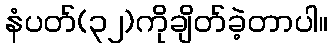
နံပတ်(၃၂)ကိုချိတ်ခဲ့တာပါ။